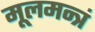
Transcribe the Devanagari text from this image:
मूलमन्त्रं